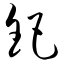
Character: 钯